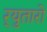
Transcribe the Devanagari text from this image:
र्‍युतारो